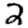
Digit: 2